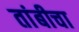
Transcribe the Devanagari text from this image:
तांबीचा